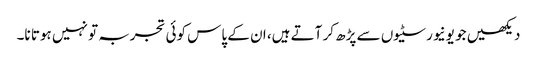
دیکھیں جو یونیورسٹیوں سے پڑھ کر آتے ہیں، ان کے پاس کوئی تجربہ تو نہیں ہوتا نا۔